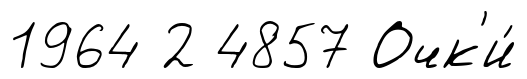
1964 2 4857 Очк'и́